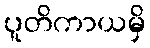
ပူတိကာယမှိ